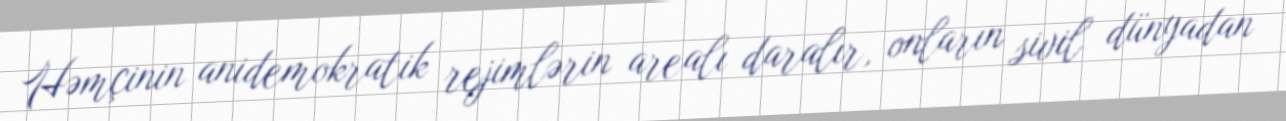
Həmçinin anidemokratik rejimlərin arealı daralır, onların sivil dünyadan